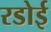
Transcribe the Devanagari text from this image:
रडोई